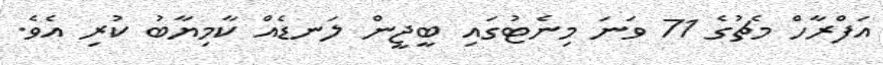
އަފްރާހް މެޗުގެ 71 ވަނަ މިނެޓުގައި ބީޖީން ލަނޑެއް ކާމިޔާބު ކުރި އެވެ.